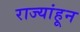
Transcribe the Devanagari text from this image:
राज्यांहून